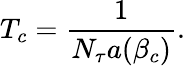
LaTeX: T_{c}={\frac{1}{N_{\tau}a(\beta_{c})}}.